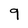
Character: 9